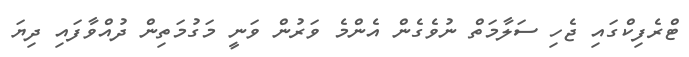
ޓްރެފިކްގައި ޖެހި ސަލާމަތް ނުވެގެން އެންމެ ވަރުން ވަނީ މަގުމަތިން ދުއްވާފައި ދިޔަ